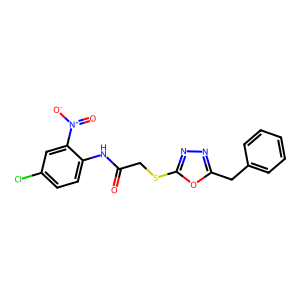
SMILES: O=C(CSc1nnc(Cc2ccccc2)o1)Nc1ccc(Cl)cc1[N+](=O)[O-]
Inhibits HIV replication: No